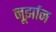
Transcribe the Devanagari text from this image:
नूर्झान